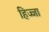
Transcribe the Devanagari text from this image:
हिज्जा